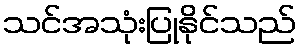
သင်အသုံးပြုနိုင်သည်